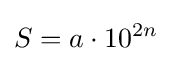
S=a\cdot 10^{2n}